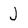
Character: J